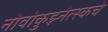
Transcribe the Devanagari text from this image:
नोवोकुझ्नेत्स्कचे